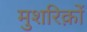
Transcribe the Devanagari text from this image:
मुशरिक़ों